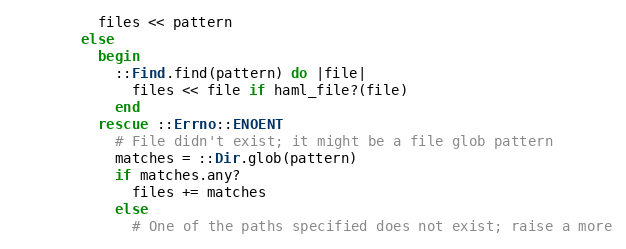
Language: Ruby
          files << pattern
        else
          begin
            ::Find.find(pattern) do |file|
              files << file if haml_file?(file)
            end
          rescue ::Errno::ENOENT
            # File didn't exist; it might be a file glob pattern
            matches = ::Dir.glob(pattern)
            if matches.any?
              files += matches
            else
              # One of the paths specified does not exist; raise a more